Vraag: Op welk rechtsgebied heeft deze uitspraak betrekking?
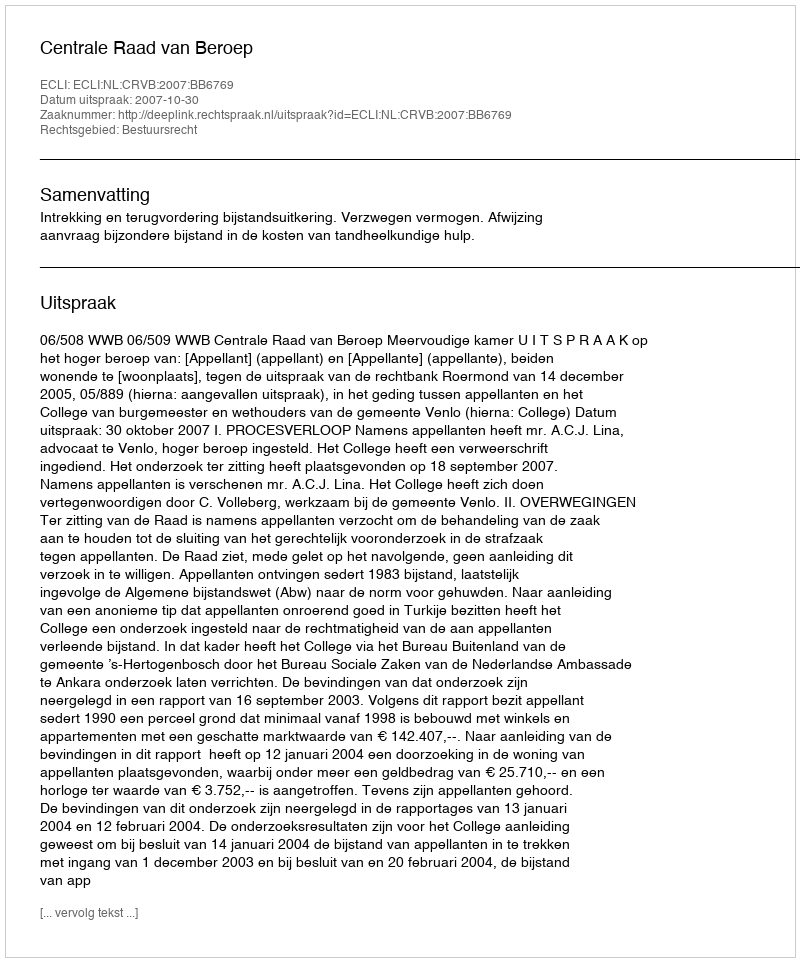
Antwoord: Bestuursrecht